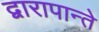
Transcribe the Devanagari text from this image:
द्वारापान्ते